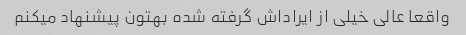
واقعا عالی خیلی از ایراداش گرفته شده بهتون پیشنهاد میکنم